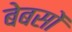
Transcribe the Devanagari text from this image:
बेबसों